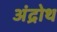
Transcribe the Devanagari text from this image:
अंद्रोथ